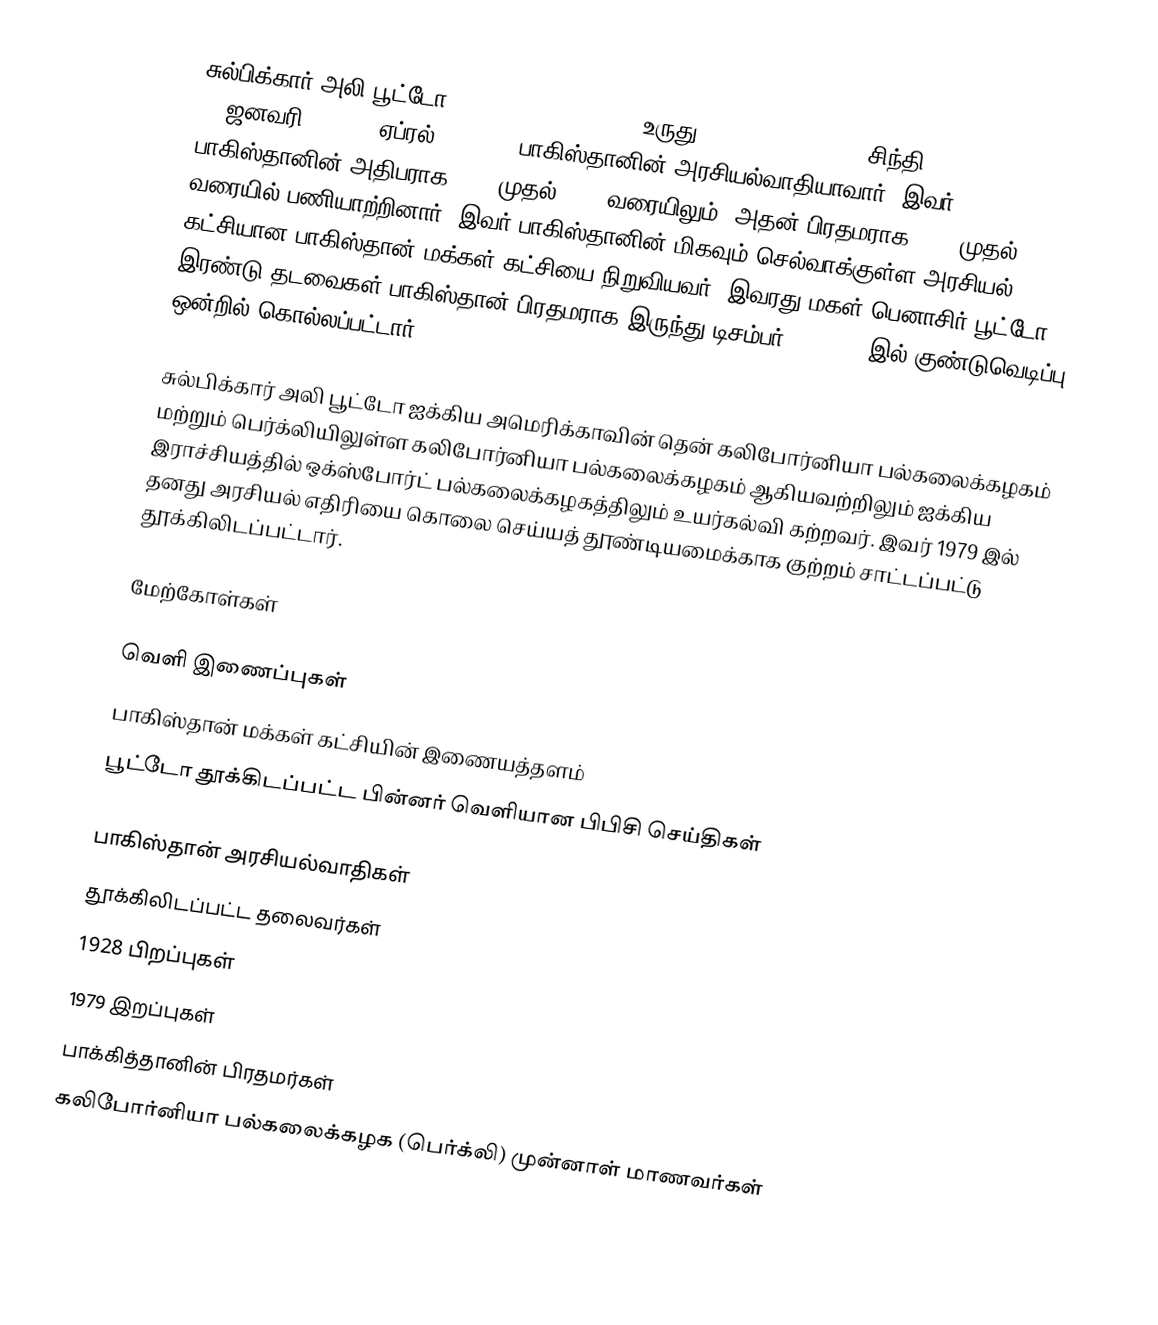
சுல்பிக்கார் அலி பூட்டோ (Zulfikar Ali Bhutto, உருது:ذوالفقار علی بھٹو, சிந்தி: ذوالفقار علي ڀُٽو, ) (ஜனவரி 5, 1928–ஏப்ரல் 4, 1979) பாகிஸ்தானின் அரசியல்வாதியாவார். இவர் பாகிஸ்தானின் அதிபராக 1971 முதல் 1973 வரையிலும், அதன் பிரதமராக 1973 முதல் 1977 வரையில் பணியாற்றினார். இவர் பாகிஸ்தானின் மிகவும் செல்வாக்குள்ள அரசியல் கட்சியான பாகிஸ்தான் மக்கள் கட்சியை நிறுவியவர். இவரது மகள் பெனாசிர் பூட்டோ இரண்டு தடவைகள் பாகிஸ்தான் பிரதமராக இருந்து டிசம்பர் 27, 2007 இல் குண்டுவெடிப்பு ஒன்றில் கொல்லப்பட்டார்.

சுல்பிக்கார் அலி பூட்டோ ஐக்கிய அமெரிக்காவின் தென் கலிபோர்னியா பல்கலைக்கழகம் மற்றும் பெர்க்லியிலுள்ள கலிபோர்னியா பல்கலைக்கழகம் ஆகியவற்றிலும் ஐக்கிய இராச்சியத்தில் ஒக்ஸ்போர்ட் பல்கலைக்கழகத்திலும் உயர்கல்வி கற்றவர். இவர் 1979 இல் தனது அரசியல் எதிரியை கொலை செய்யத் தூண்டியமைக்காக குற்றம் சாட்டப்பட்டு தூக்கிலிடப்பட்டார்.

மேற்கோள்கள்

வெளி இணைப்புகள்
 பாகிஸ்தான் மக்கள் கட்சியின் இணையத்தளம்
 பூட்டோ தூக்கிடப்பட்ட பின்னர் வெளியான பிபிசி செய்திகள்

பாகிஸ்தான் அரசியல்வாதிகள்
தூக்கிலிடப்பட்ட தலைவர்கள்
1928 பிறப்புகள்
1979 இறப்புகள்
பாக்கித்தானின் பிரதமர்கள்
கலிபோர்னியா பல்கலைக்கழக (பெர்க்லி) முன்னாள் மாணவர்கள்